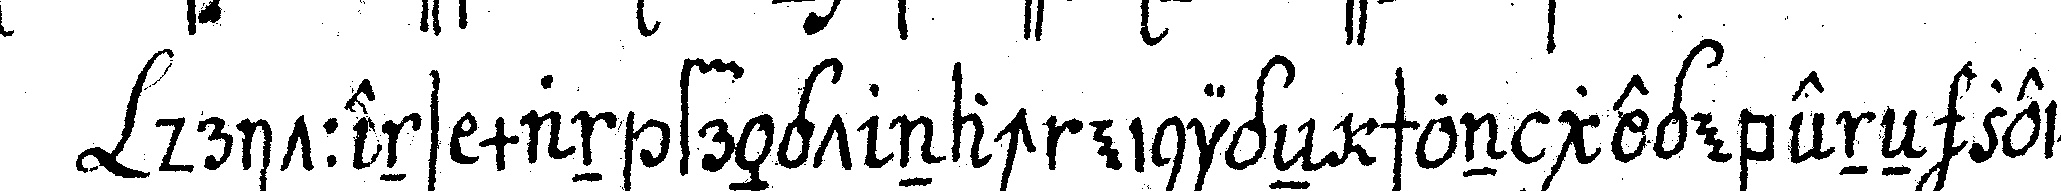
drittens man frägt nach einigeN schon gegebeneN zeicheN